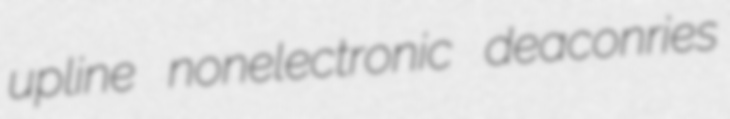
upline nonelectronic deaconries